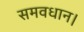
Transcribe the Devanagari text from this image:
समवधान।